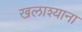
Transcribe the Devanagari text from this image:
खलाश्याना